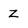
Character: z